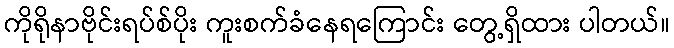
ကိုရိုနာဗိုင်းရပ်စ်ပိုး ကူးစက်ခံနေရကြောင်း တွေ့ရှိထား ပါတယ်။